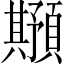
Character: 𲊸